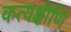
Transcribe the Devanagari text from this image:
कत्यक्षीणि